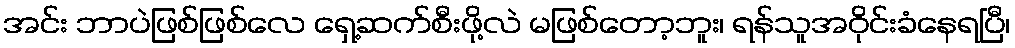
အင်း ဘာပဲဖြစ်ဖြစ်လေ ရှေ့ဆက်စီးဖို့လဲ မဖြစ်တော့ဘူး၊ ရန်သူအဝိုင်းခံနေရပြီ၊